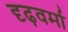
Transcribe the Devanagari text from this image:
दृढ़वर्मा